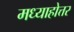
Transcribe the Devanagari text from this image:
मध्याहोत्तर